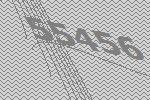
55456